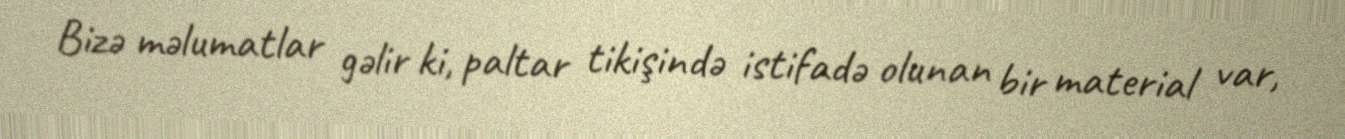
Bizə məlumatlar gəlir ki, paltar tikişində istifadə olunan bir material var,